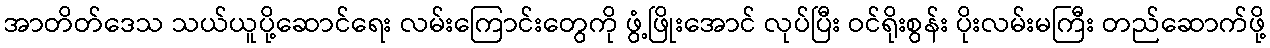
အာတိတ်ဒေသ သယ်ယူပို့ဆောင်ရေး လမ်းကြောင်းတွေကို ဖွံ့ဖြိုးအောင် လုပ်ပြီး ဝင်ရိုးစွန်း ပိုးလမ်းမကြီး တည်ဆောက်ဖို့